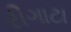
રીગાટા